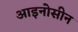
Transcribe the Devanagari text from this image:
आइनोसीन